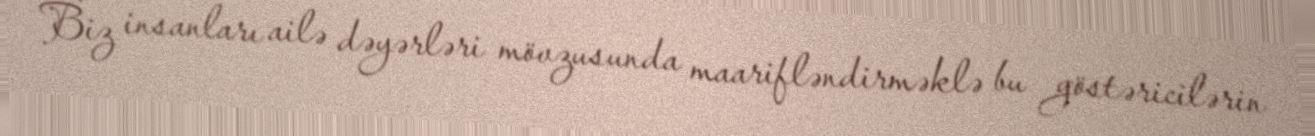
Biz insanları ailə dəyərləri mövzusunda maarifləndirməklə bu göstəricilərin